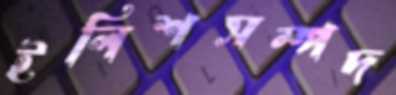
ইলিশসম্পদ